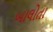
બાલોતા